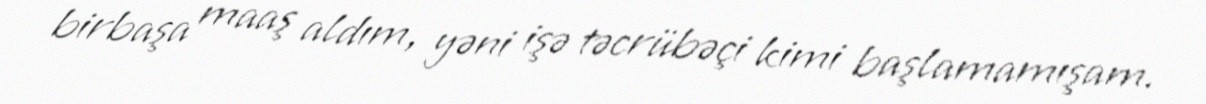
birbaşa maaş aldım, yəni işə təcrübəçi kimi başlamamışam.